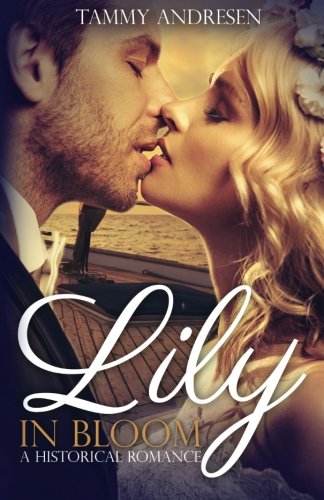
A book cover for Lily in Bloom; Tammy Andresen; Romance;